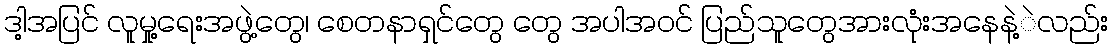
ဒါ့အပြင် လူမှု့ရေးအဖွဲ့တွေ၊ စေတနာရှင်တွေ တွေ အပါအဝင် ပြည်သူတွေအားလုံးအနေနဲ့ဲလည်း